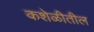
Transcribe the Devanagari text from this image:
कशेळीतील